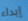
إبداء